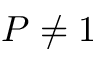
P \neq 1